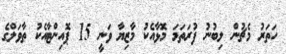
ހަތަރު މެޗުން ލިިބުނު ފުރަތަމަ މޮޅާއެކު މާޒިޔާ ވަނީ 15 ޕޮއިންޓާއެކު ތާވަލްގެ